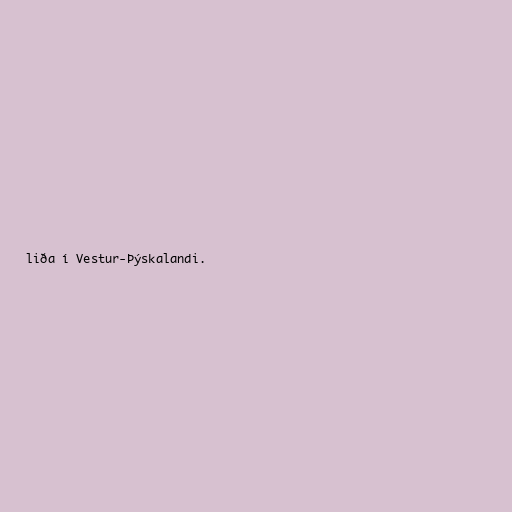
liða í Vestur-Þýskalandi.